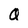
Character: Q